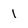
Character: 1